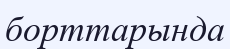
борттарында